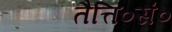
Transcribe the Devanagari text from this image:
तैत्ति०सं०